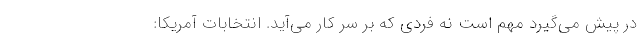
در پیش می‌گیرد مهم است نه فردی که بر سر کار می‌آید. انتخابات آمریکا: